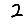
Digit: 2